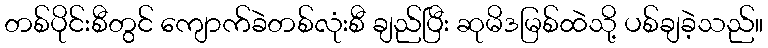
တစ်ပိုင်းစီတွင် ကျောက်ခဲတစ်လုံးစီ ချည်ပြီး ဆုမိဒမြစ်ထဲသို့ ပစ်ချခဲ့သည်။